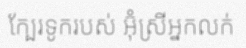
ក្បែរទូករបស់ អ៊ុំស្រីអ្នកលក់